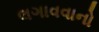
લગાવવાનો